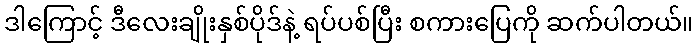
ဒါကြောင့် ဒီလေးချိုးနှစ်ပိုဒ်နဲ့ ရပ်ပစ်ပြီး စကားပြေကို ဆက်ပါတယ်။